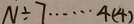
N \div 7 \cdots 4 ( 4 )